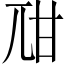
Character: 𤮾